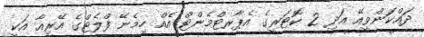
ދައްކަންވީއޭ އަދި 2 ކޮޓަރީގެ އެޕާރޓްމެންޓް އެއް ހިމެނޭ ފްލެޓްގެ އޭރިއާ އަކީ